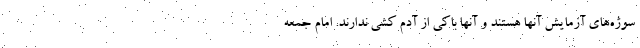
سوژه‌های آزمایش آنها هستند و آنها باکی از آدم کشی ندارند. امام جمعه